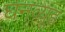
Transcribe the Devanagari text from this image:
घनव्यूह